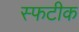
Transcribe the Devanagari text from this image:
स्फटीक